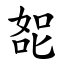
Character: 㖲